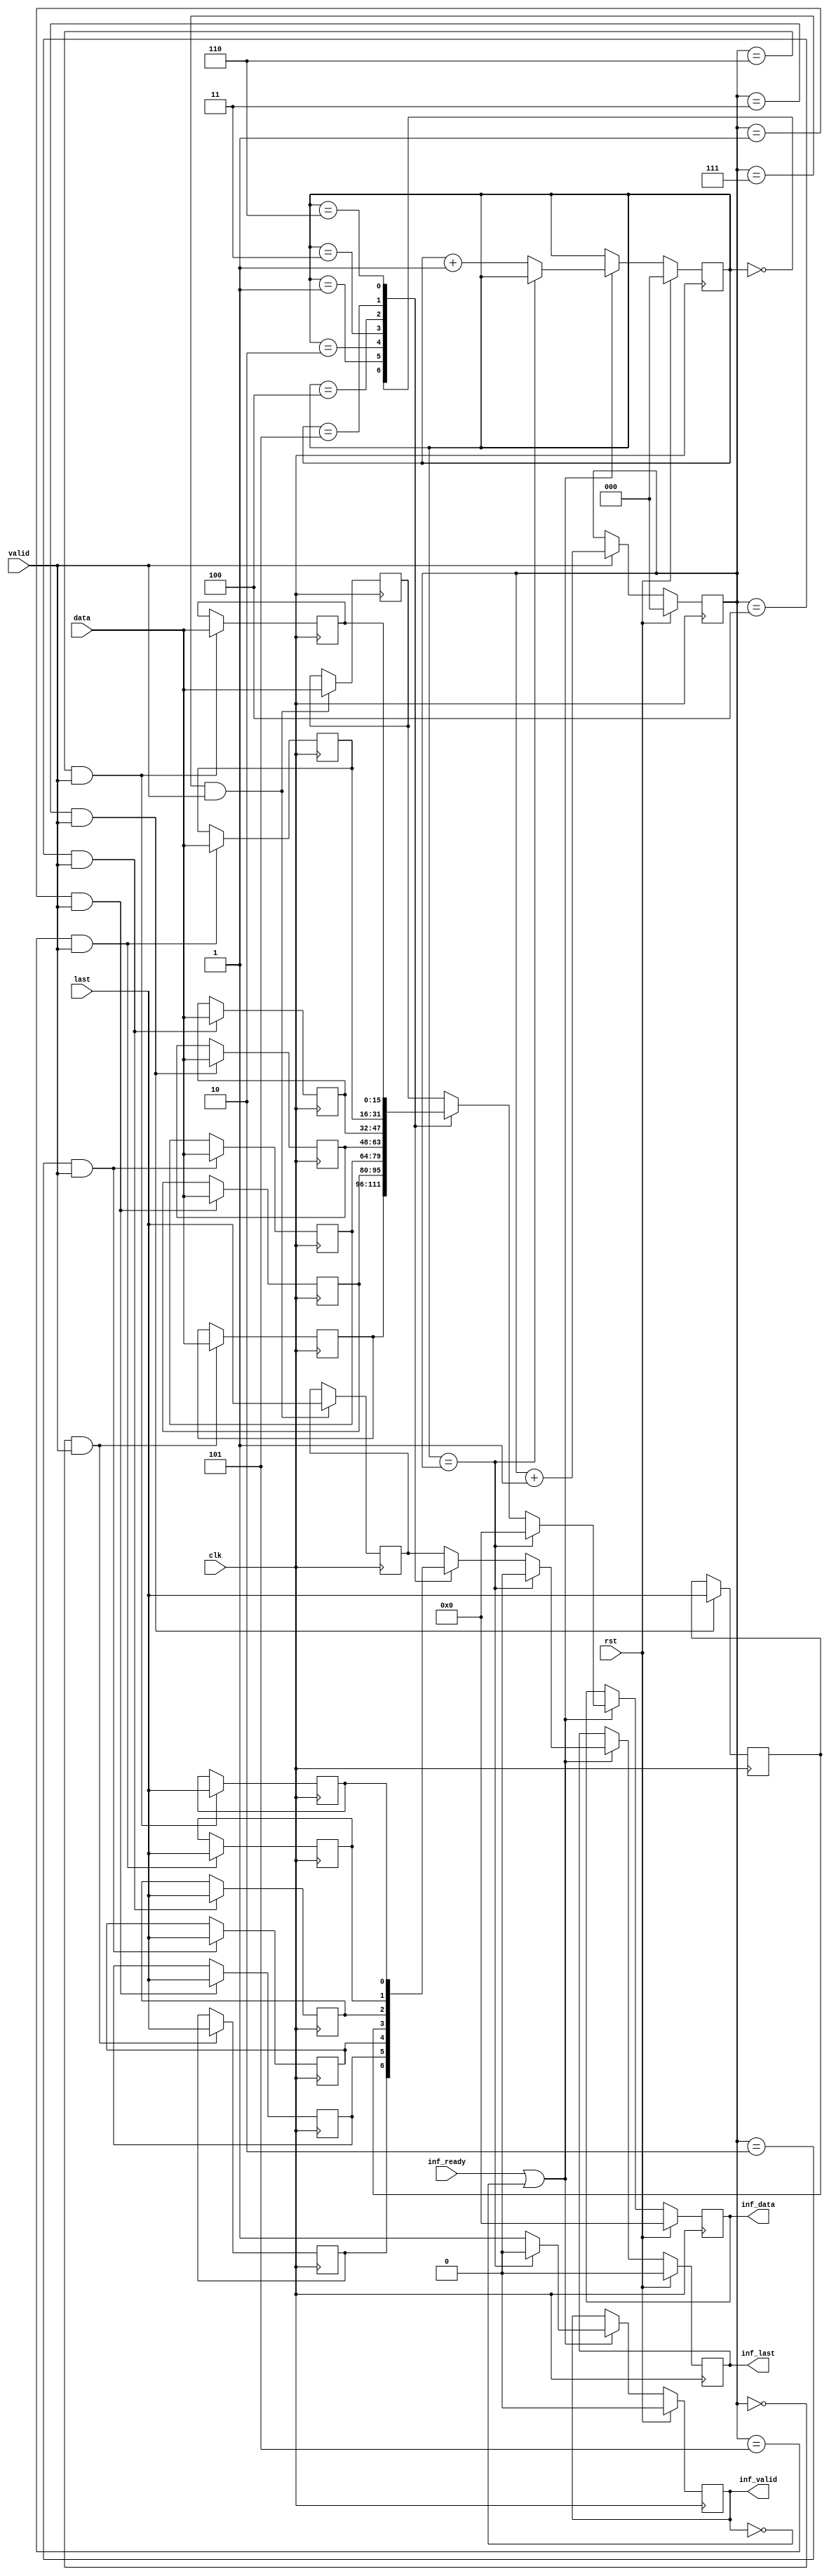
module axis_inf (

  // adi interface

  clk,
  rst,
  valid,
  last,
  data,

  // xilinx interface

  inf_valid,
  inf_last,
  inf_data,
  inf_ready);

  // parameter for data width

  parameter   DATA_WIDTH = 16;
  localparam  DW = DATA_WIDTH - 1;

  // adi interface

  input           clk;
  input           rst;
  input           valid;
  input           last;
  input   [DW:0]  data;

  // xil interface

  output          inf_valid;
  output          inf_last;
  output  [DW:0]  inf_data;
  input           inf_ready;

  // internal registers

  reg     [ 2:0]  wcnt = 'd0;
  reg             wlast_0 = 'd0;
  reg     [DW:0]  wdata_0 = 'd0;
  reg             wlast_1 = 'd0;
  reg     [DW:0]  wdata_1 = 'd0;
  reg             wlast_2 = 'd0;
  reg     [DW:0]  wdata_2 = 'd0;
  reg             wlast_3 = 'd0;
  reg     [DW:0]  wdata_3 = 'd0;
  reg             wlast_4 = 'd0;
  reg     [DW:0]  wdata_4 = 'd0;
  reg             wlast_5 = 'd0;
  reg     [DW:0]  wdata_5 = 'd0;
  reg             wlast_6 = 'd0;
  reg     [DW:0]  wdata_6 = 'd0;
  reg             wlast_7 = 'd0;
  reg     [DW:0]  wdata_7 = 'd0;
  reg     [ 2:0]  rcnt = 'd0;
  reg             inf_valid = 'd0;
  reg             inf_last = 'd0;
  reg     [DW:0]  inf_data = 'd0;

  // write interface

  always @(posedge clk) begin
    if (rst == 1'b1) begin
      wcnt <= 'd0;
    end else if (valid == 1'b1) begin
      wcnt <= wcnt + 1'b1;
    end
    if ((wcnt == 3'd0) && (valid == 1'b1)) begin
      wlast_0 <= last;
      wdata_0 <= data;
    end
    if ((wcnt == 3'd1) && (valid == 1'b1)) begin
      wlast_1 <= last;
      wdata_1 <= data;
    end
    if ((wcnt == 3'd2) && (valid == 1'b1)) begin
      wlast_2 <= last;
      wdata_2 <= data;
    end
    if ((wcnt == 3'd3) && (valid == 1'b1)) begin
      wlast_3 <= last;
      wdata_3 <= data;
    end
    if ((wcnt == 3'd4) && (valid == 1'b1)) begin
      wlast_4 <= last;
      wdata_4 <= data;
    end
    if ((wcnt == 3'd5) && (valid == 1'b1)) begin
      wlast_5 <= last;
      wdata_5 <= data;
    end
    if ((wcnt == 3'd6) && (valid == 1'b1)) begin
      wlast_6 <= last;
      wdata_6 <= data;
    end
    if ((wcnt == 3'd7) && (valid == 1'b1)) begin
      wlast_7 <= last;
      wdata_7 <= data;
    end
  end

  // read interface

  always @(posedge clk) begin
    if (rst == 1'b1) begin
      rcnt <= 'd0;
      inf_valid <= 'd0;
      inf_last <= 'b0;
      inf_data <= 'd0;
    end else if ((inf_ready == 1'b1) || (inf_valid == 1'b0)) begin
      if (rcnt == wcnt) begin
        rcnt <= rcnt;
        inf_valid <= 1'd0;
        inf_last <= 1'b0;
        inf_data <= 'd0;
      end else begin
        rcnt <= rcnt + 1'b1;
        inf_valid <= 1'b1;
        case (rcnt)
          3'd0: begin
            inf_last <= wlast_0;
            inf_data <= wdata_0;
          end
          3'd1: begin
            inf_last <= wlast_1;
            inf_data <= wdata_1;
          end
          3'd2: begin
            inf_last <= wlast_2;
            inf_data <= wdata_2;
          end
          3'd3: begin
            inf_last <= wlast_3;
            inf_data <= wdata_3;
          end
          3'd4: begin
            inf_last <= wlast_4;
            inf_data <= wdata_4;
          end
          3'd5: begin
            inf_last <= wlast_5;
            inf_data <= wdata_5;
          end
          3'd6: begin
            inf_last <= wlast_6;
            inf_data <= wdata_6;
          end
          default: begin
            inf_last <= wlast_7;
            inf_data <= wdata_7;
          end
        endcase
      end
    end
  end

endmodule